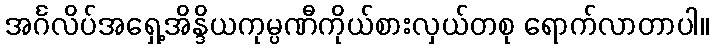
အင်္ဂလိပ်အရှေ့အိန္ဒိယကုမ္ပဏီကိုယ်စားလှယ်တစု ရောက်လာတာပါ။